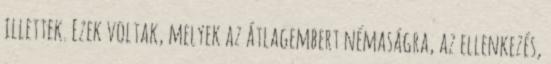
illettek. Ezek voltak, melyek az átlagembert némaságra, az ellenkezés,